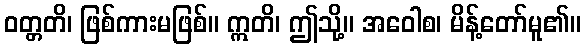
ဝတ္တတိ၊ ဖြစ်ကားမဖြစ်။ ဣတိ၊ ဤသို့။ အဝေါစ၊ မိန့်တော်မူ၏။